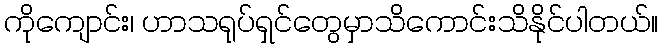
ကိုကျောင်း၊ ဟာသရုပ်ရှင်တွေမှာသိကောင်းသိနိုင်ပါတယ်။